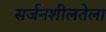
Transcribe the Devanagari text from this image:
सर्जनशीलतेला